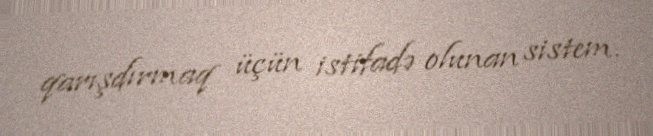
qarışdırmaq üçün istifadə olunan sistem.